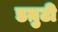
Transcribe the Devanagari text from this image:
डय़ुटी